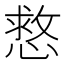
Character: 慦